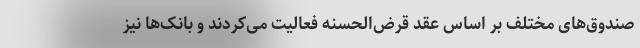
صندوق‌های مختلف بر اساس عقد قرض‌الحسنه فعالیت می‌کردند و بانک‌ها نیز